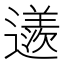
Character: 䢭